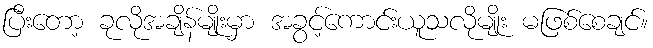
ပြီးတော့ ခုလိုအချိန်မျိုးမှာ အခွင့်ကောင်းယူသလိုမျိုး မဖြစ်စေချင်။